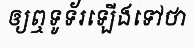
ឲ្យឮទូទ័រឡើងទៅថា